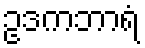
ဥဒကဘာရံ